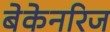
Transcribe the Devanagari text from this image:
बेकेनरिज